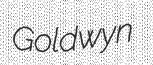
Goldwyn